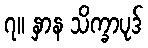
၇။ နှာန သိက္ခာပုဒ်